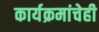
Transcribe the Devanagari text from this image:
कार्यक्रमांचेही